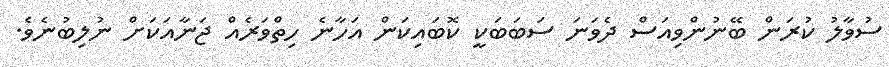
ސުވާލު ކުރަން ބޭނުންވިއަސް ދެވަނަ ސަބަބަކީ ކޮބައިކަން އަހާނެ ހިތްވަރެއް ޖަނާއަކަށް ނުލިބުނެވެ.